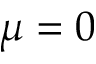
\mu = 0